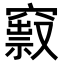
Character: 𥨒